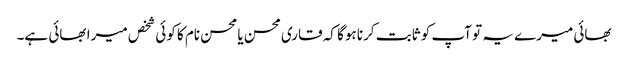
بھائی میرے یہ تو آپ کو ثابت کرنا ہوگا کہ قاری محسن یا محسن نام کا کوئی شخص میرا بھائی ہے۔